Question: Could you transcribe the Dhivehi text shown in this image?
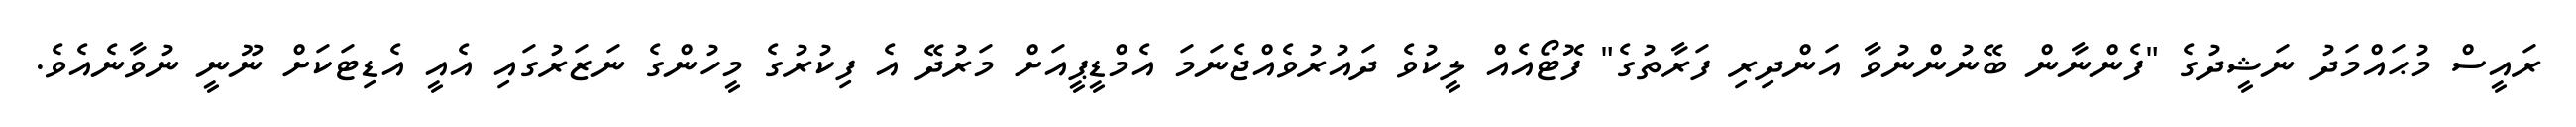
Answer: ރައީސް މުޙައްމަދު ނަޝީދުގެ "ފެންނާން ބޭނުންނުވާ އަންދިރި ފަރާތުގެ" ފޮޓޯއެއް ލީކުވެ ދައުރުވެއްޖެނަމަ އެމްޑީޕީއަށް މަރުދޭ އެ ފިކުރުގެ މީހުންގެ ނަޒަރުގައި އެއީ އެޑިޓަކަށް ނޫނީ ނުވާނެއެވެ.